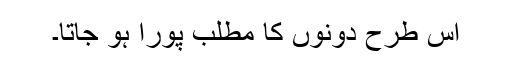
اس طرح دونوں کا مطلب پورا ہو جاتا۔